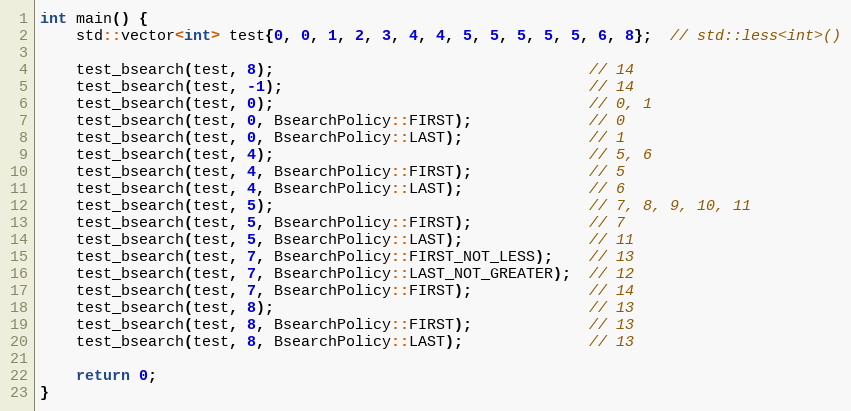
Language: C++
int main() {
    std::vector<int> test{0, 0, 1, 2, 3, 4, 4, 5, 5, 5, 5, 5, 6, 8};  // std::less<int>()

    test_bsearch(test, 8);                                   // 14
    test_bsearch(test, -1);                                  // 14
    test_bsearch(test, 0);                                   // 0, 1
    test_bsearch(test, 0, BsearchPolicy::FIRST);             // 0
    test_bsearch(test, 0, BsearchPolicy::LAST);              // 1
    test_bsearch(test, 4);                                   // 5, 6
    test_bsearch(test, 4, BsearchPolicy::FIRST);             // 5
    test_bsearch(test, 4, BsearchPolicy::LAST);              // 6
    test_bsearch(test, 5);                                   // 7, 8, 9, 10, 11
    test_bsearch(test, 5, BsearchPolicy::FIRST);             // 7
    test_bsearch(test, 5, BsearchPolicy::LAST);              // 11
    test_bsearch(test, 7, BsearchPolicy::FIRST_NOT_LESS);    // 13
    test_bsearch(test, 7, BsearchPolicy::LAST_NOT_GREATER);  // 12
    test_bsearch(test, 7, BsearchPolicy::FIRST);             // 14
    test_bsearch(test, 8);                                   // 13
    test_bsearch(test, 8, BsearchPolicy::FIRST);             // 13
    test_bsearch(test, 8, BsearchPolicy::LAST);              // 13

    return 0;
}